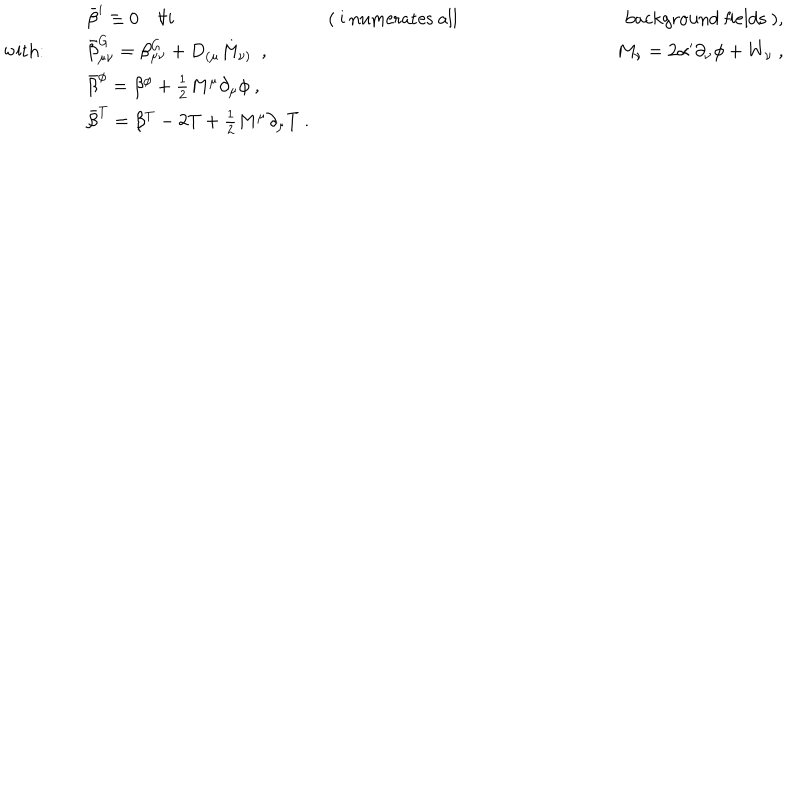
LaTeX: \begin{array} { l l r } { { } } & { { \bar { \beta } ^ { i } \equiv 0 \forall i \ \ } } & { { \mathrm { ( ~ i ~ n u m e r a t e s ~ a l l ~ b a c k g r o u n d ~ f i e l d s ~ ) } , } } \\ { { \mathrm { w i t h } : } } & { { \bar { \beta } _ { \mu \nu } ^ { G } = \beta _ { \mu \nu } ^ { G } + D _ { ( \mu } M _ { \nu ) } \ \ , \ \ } } & { { M _ { \nu } = 2 \alpha ^ { \prime } \partial _ { \nu } \phi + W _ { \nu } \ , } } \\ { { } } & { { \bar { \beta } ^ { \phi } = \beta ^ { \phi } + \frac { 1 } { 2 } M ^ { \mu } \partial _ { \mu } \phi \ , } } & { { } } \\ { { } } & { { \bar { \beta } ^ { T } = \beta ^ { T } - 2 T + \frac { 1 } { 2 } M ^ { \mu } \partial _ { \mu } T \ . } } & { { } } \\ \end{array}